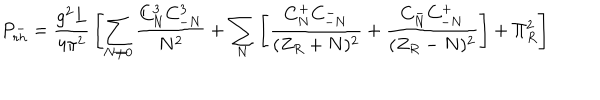
LaTeX: P _ { r h } ^ { - } = { \frac { g ^ { 2 } L } { 4 \pi ^ { 2 } } } \left[ \sum _ { N \neq 0 } { \frac { C _ { N } ^ { 3 } C _ { - N } ^ { 3 } } { N ^ { 2 } } } + \sum _ { N } \left[ { \frac { C _ { N } ^ { + } C _ { - N } ^ { - } } { ( Z _ { R } + N ) ^ { 2 } } } + { \frac { C _ { N } ^ { - } C _ { - N } ^ { + } } { ( Z _ { R } - N ) ^ { 2 } } } \right] + \Pi _ { R } ^ { 2 } \right]